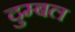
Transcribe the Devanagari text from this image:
दुम्बल